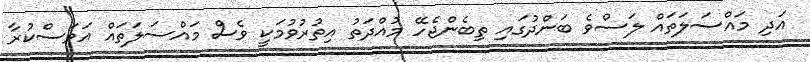
އަދި މައްސަލަތައް ލަސްވެ ބަންދުގައި ތިބެންޖެހޭ މުއްދަތު އިތުރުވުމަކީ ވެސް މައްސަލަތައް އަވަސްކުރާ